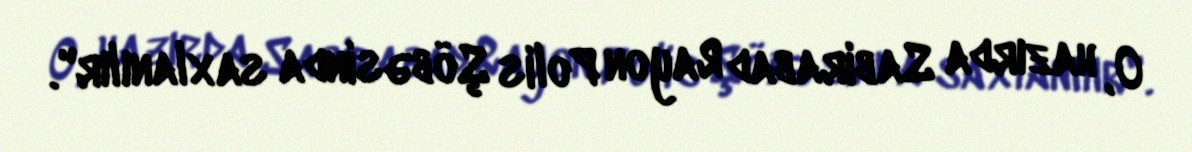
O, hazırda Sabirabad Rayon Polis Şöbəsinda saxlanılır".